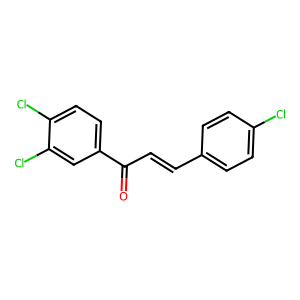
SMILES: O=C(C=Cc1ccc(Cl)cc1)c1ccc(Cl)c(Cl)c1
Inhibits HIV replication: No